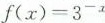
$$f(x) = 3^{-x}$$